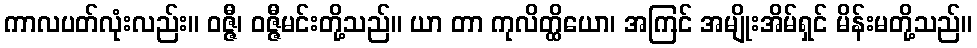
ကာလပတ်လုံးလည်း။ ဝဇ္ဇီ၊ ဝဇ္ဇီမင်းတို့သည်။ ယာ တာ ကုလိတ္ထိယော၊ အကြင် အမျိုးအိမ်ရှင် မိန်းမတို့သည်။